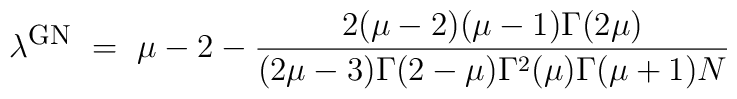
\lambda^{\mbox{\footnotesize{GN}}} ~=~ \mu -2 - \frac{2(\mu-2)(\mu-1)\Gamma(2\mu)}{(2\mu-3)\Gamma(2-\mu)\Gamma^2(\mu)\Gamma(\mu+1)N}